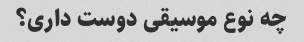
چه نوع موسیقی دوست داری؟